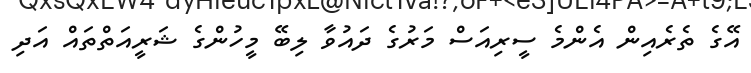
އޭގެ ތެރެއިން އެންމެ ސީރިއަސް މަރުގެ ދައުވާ ލިބޭ މީހުންގެ ޝަރީއަތްތައް އަދި